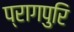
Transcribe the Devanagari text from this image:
प्रागपुरि